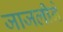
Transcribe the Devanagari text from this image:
जाजलीने